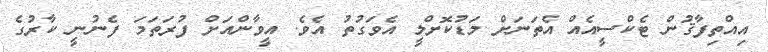
އިއްތިފާޤުން ޓެކްސީއެއް އެތަނަށް މަޑުކޮށްލީ އެވަގުތު އެވެ. އީވާންއަށް ފުރަތަމަ ފެނުނީ ކާރުގެ